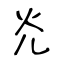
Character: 灮